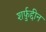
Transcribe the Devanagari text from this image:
शर्फ़ुद्दीन